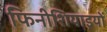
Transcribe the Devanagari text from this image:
फिनीशियाइयों